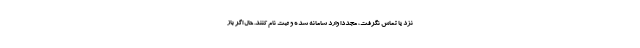
نزد یا تماس نگرفت، مجددا وارد سامانه شده و ثبت نام کنند. حال اگر باز